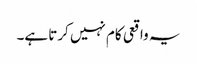
یہ واقعی کام نہیں کرتا ہے۔